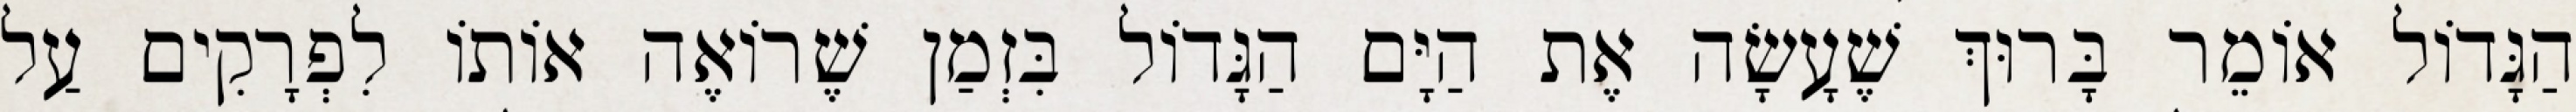
הַגָּדוֹל אוֹמֵר בָּרוּךְ שֶׁעָשָׂה אֶת הַיָּם הַגָּדוֹל בִּזְמַן שֶׁרוֹאֶה אוֹתוֹ לִפְרָקִים עַל